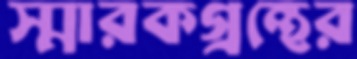
স্মারকগ্রন্থের